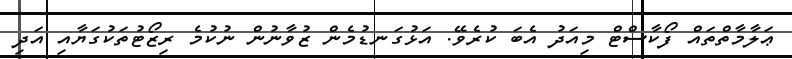
ޢަލާމާތްތައް ފޯކާސްޓް މިއަދު އެބަ ކުރެވޭ. އަޅުގަނޑުމެން ޒުވާނުން ނުކުމެ ރިޒޯޓުތަކުގަޔާއި އަދި